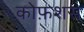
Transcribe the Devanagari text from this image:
कोफ़शस